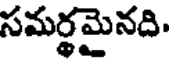
సమర్థమైనది.